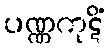
ပဏ္ဏကုဋိံ